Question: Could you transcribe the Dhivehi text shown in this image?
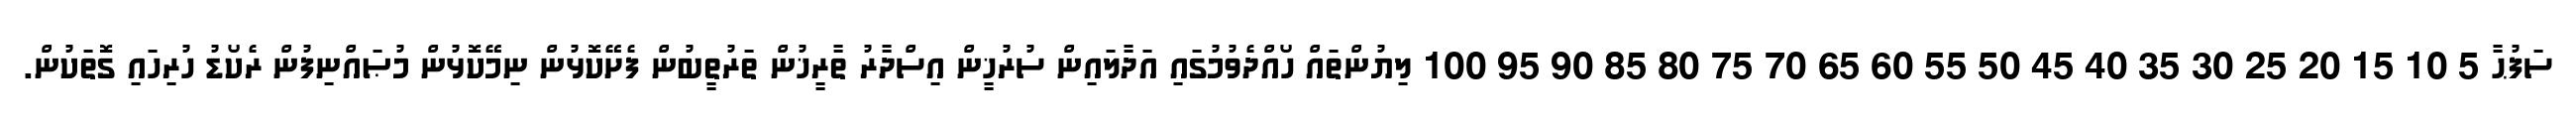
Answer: ސަފުޙާ 5 10 15 20 25 30 35 40 45 50 55 60 65 70 75 80 85 90 95 100 ލިޔުންތައް ހޯއްދެވުމުގައި އަދާލައިން ސުރުޚީން އިސްދާރު ތާރީޚުން ތަރުތީބުން ފެށޭކޮޅުން ނިމޭކޮޅުން މުޞައްނިފުން ރެކޯޑު ހުރިހައި ގޮތަކުން.